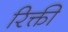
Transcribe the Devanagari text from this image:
रिक्ती